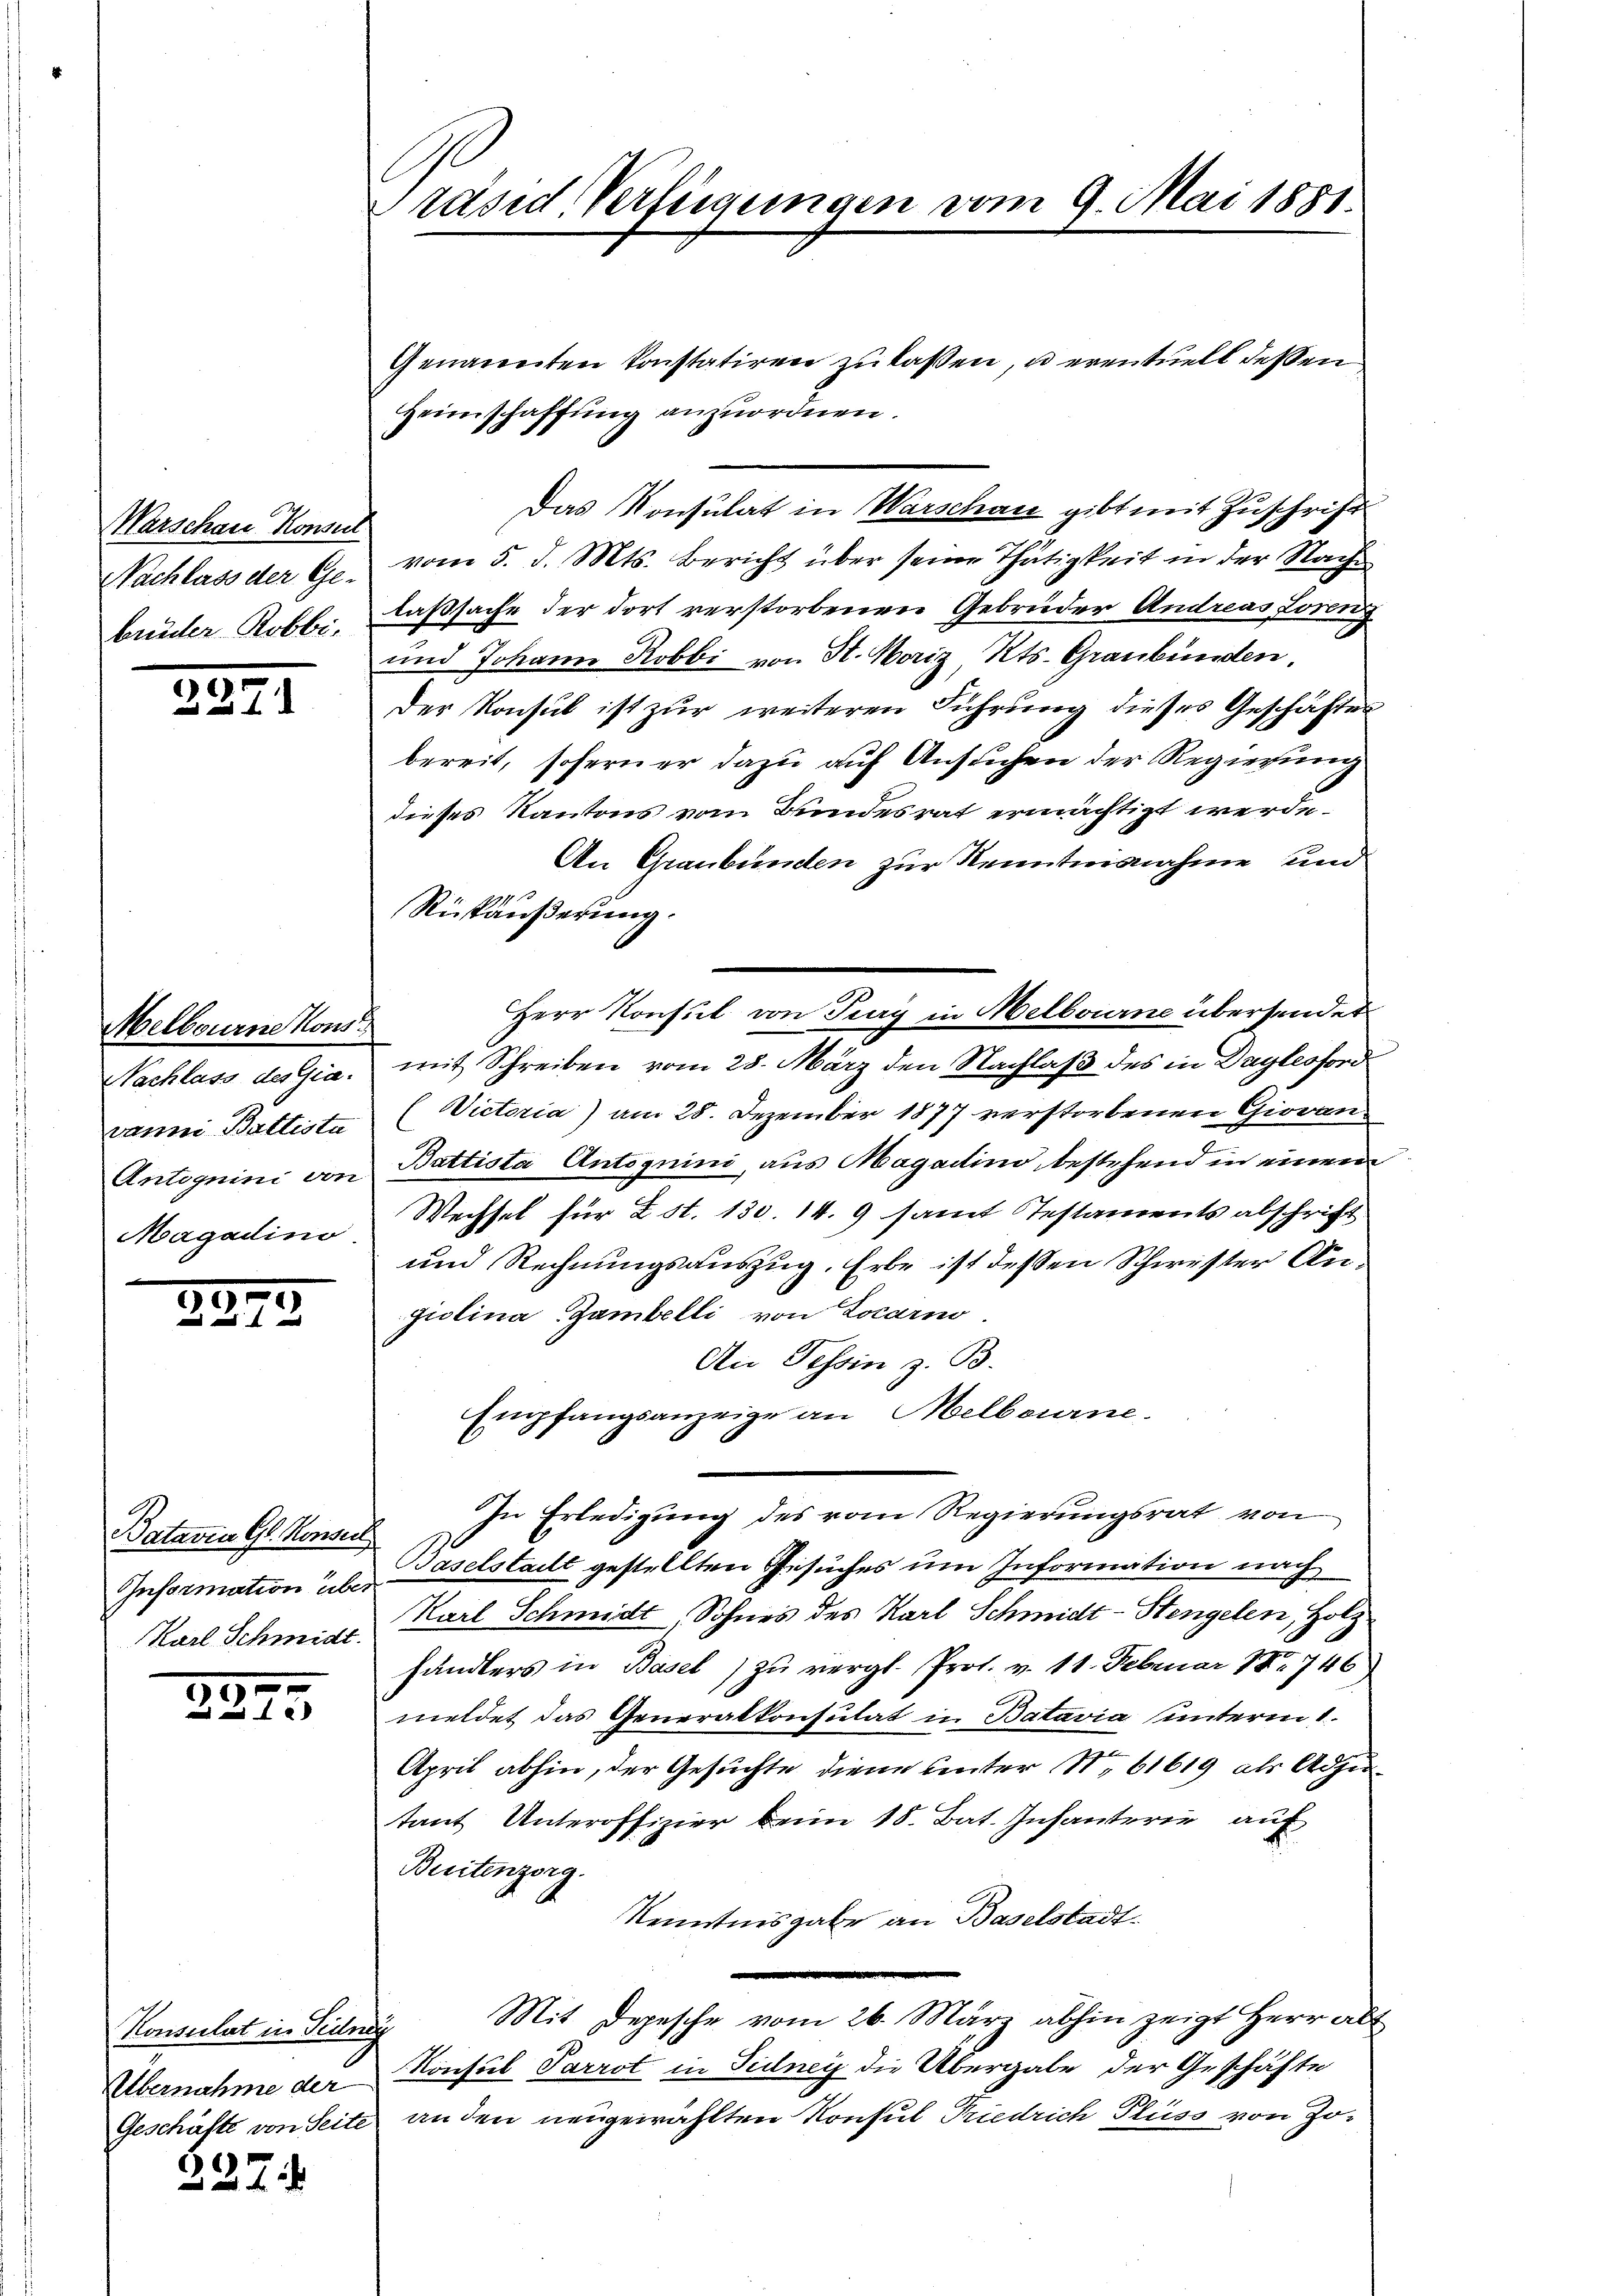
Warschau Konsul
Nachlass der Ge-
brüder Robbi-

237

Melbourne Kons
Nachlass des Gia-
vanni Battista
Antognini von
Magadino

7
d

Batavia Gl. Konseil
Information über
Karl Schmidt.

30.
2275

Konsulat in Teilne
Übernahme der

227.

Präsid. Verfügungen vom 9. Mai 1881.

Genannten konstatiren zŭ lassen, u. eventuell dessen
Heimschaffung anzuordnen.
vom 5. d. Mts. Bericht über seine Thätigkeit in der Nachlaßsache der dort verstorbenen Gebrüder Andreas Loreng
und Johann Robbi von St. Horiz, Kts. Graubünden,
Der Konsul ist zur weiteren Führung dieses Geschäftes
bereit, soferner dazu auf Ansuchen der Regierung
dieses Kantons vom Bundesrat ermächtigt werde.
An Graubünden zur Kenntnisnahme und
Rükäußerung.
mit Schreiben vom 28. März den Nachlaß des in Daylesford
(Victoria) am 28. Dezember 1877 verstorbenen Giovan
.
Battista Antoguini, aus Magadino bestehend in einem
Wechsel für Est. 130. 14. 9 samt Testaments abschrift
und Rechnungsauszug, Erbe ist dessen Schwister Angiolina Zambelli von Locarno
An Tessin z. B.
Empfangsanzeige an Melbourne.
In Erledigung des vom Regierungsrat von
Baselstalt gestellten Gesuches um Information nach
Karl Schmidt, Sohnes des Karl Schmidt - Stengelen, Holz
händlers in Basel zu vergl. Prot. v. 11. Februar 18746
meldet das Generalkonsulat in Batavia unterm 1.
April abhin, der Gesuchte diene unter N. 61619 als Adjutant Unteroffizier beim 18. Bat. Infanterie auf
Buitenzorg.
Kenntnisgabe an Baselstadt¬
Mit Depesche vom 26. März abhin zeigt Herr alt
Konsul Parrot in Sidney die Übergabe der Geschäfte
Geschäfte von Seite an den neugewählten Konsul Friedrich Pluss von Jo¬

Das Konsulat in Warschau gibt mit Zuschrift

Herr Konsul von Pay in Melbourne übersendet